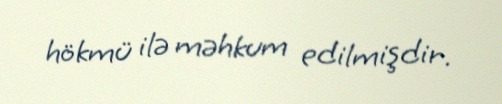
hökmü ilə məhkum edilmişdir.